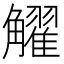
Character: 𧥋